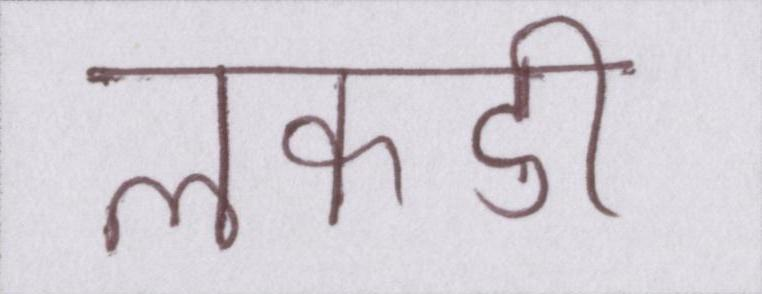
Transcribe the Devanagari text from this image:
लकडी